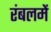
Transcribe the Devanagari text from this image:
रंबलमें